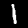
Label: 1